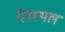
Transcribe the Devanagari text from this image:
देवस्थल